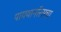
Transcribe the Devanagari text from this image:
पायथागॉरसचा